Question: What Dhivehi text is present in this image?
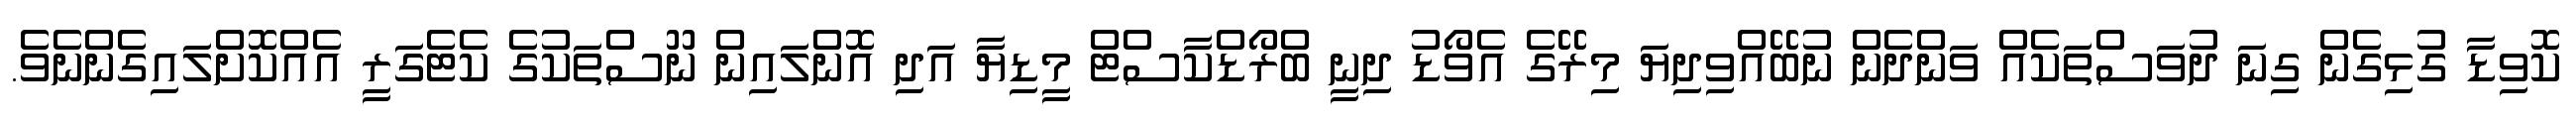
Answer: ކޮވިޑާ ގުޅިގެން ގިނަ ދުވަސްތަކެއް ވަންދެން ނުބޭއްވިދިޔަ މިރޭގެ އެވޯޑު ދިނީ ބްރޯޑްކާސްޓް މީޑިޔާ އަދި އޮންލައިން ނޫސްތަކުގެ ކެޓެގަރީ އެއްކޮށްލައިގެންނެވެ.